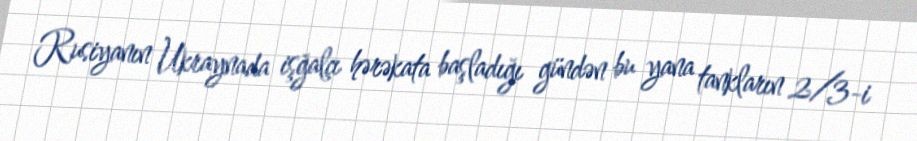
Rusiyanın Ukraynada işğalçı hərəkata başladığı gündən bu yana tankların 2/3-i